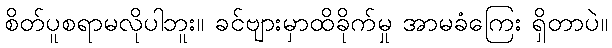
စိတ်ပူစရာမလိုပါဘူး။ ခင်ဗျားမှာထိခိုက်မှု အာမခံကြေး ရှိတာပဲ။